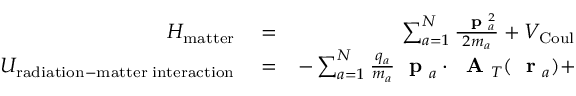
\begin{array} { r l r } { H _ { \mathrm { m a t t e r } } } & { { } = } & { \sum _ { a = 1 } ^ { N } \frac { \mathrm { ~ \bf ~ p ~ } _ { a } ^ { 2 } } { 2 m _ { a } } + V _ { \mathrm { C o u l } } } \\ { U _ { \mathrm { r a d i a t i o n - m a t t e r \; i n t e r a c t i o n } } } & { { } = } & { - \sum _ { a = 1 } ^ { N } \frac { q _ { a } } { m _ { a } } \mathrm { ~ \bf ~ p ~ } _ { a } \cdot \mathrm { ~ \bf ~ A ~ } _ { T } ( \mathrm { ~ \bf ~ r ~ } _ { a } ) + } \end{array}